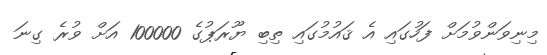
މިނިވަންވުމަށް ފަހުގައި އެ ޤައުމުގައި ތިބި ޔޫރަޕުގެ 100000 އަށް ވުރެ ގިނަ